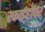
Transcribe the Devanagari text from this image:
स्काईहॉपर